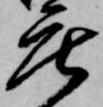
庄